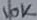
Text: 10K